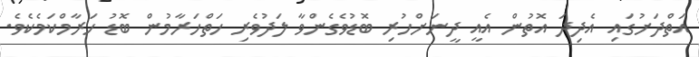
އަތްދަށުގައި އެދިދަ އޮތުން އެއީ ދީނަށްހުރި ބޮޑުވެގެންވާ ލަދުވެރި ހަތްހަރާމުން ބޮޑު ހަރާމްކަމެކެވެ.